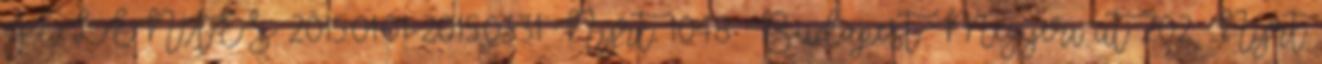
JELENTÉS 2015.01.01-2015.03.31 Nyrt. 1048. Budapest Megyeri út 202. Nyrt